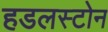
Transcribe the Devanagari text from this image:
हडलस्टोन